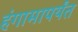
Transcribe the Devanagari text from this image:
हंगामापर्यंत